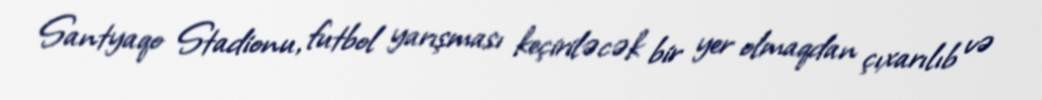
Santyaqo Stadionu, futbol yarışması keçiriləcək bir yer olmaqdan çıxarılıb və